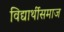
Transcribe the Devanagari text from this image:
विद्यार्थीसमाज